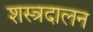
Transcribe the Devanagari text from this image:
शस्त्रदालन